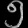
Digit: ၅